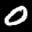
Digit: 0